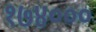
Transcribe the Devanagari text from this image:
१७४०००